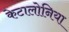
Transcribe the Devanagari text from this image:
केटालोनिया